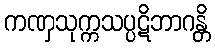
ကဏှသုက္ကသပ္ပဋိဘာဂန္တိ